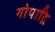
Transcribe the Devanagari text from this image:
गोपाद्रि